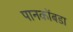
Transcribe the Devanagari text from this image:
पानकोंबडा